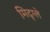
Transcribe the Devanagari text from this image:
मिद्ग्ले